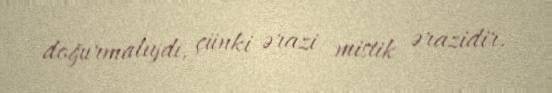
doğurmalıydı, çünki ərazi mistik ərazidir.